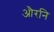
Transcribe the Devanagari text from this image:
औरनि